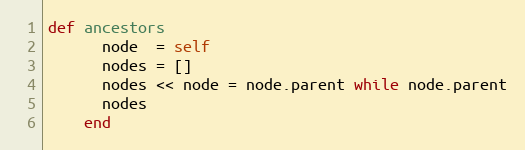
Language: Ruby
def ancestors
      node  = self
      nodes = []
      nodes << node = node.parent while node.parent
      nodes
    end